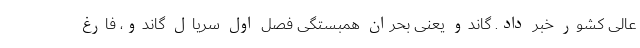
عالی کشور خبر داد. گاندو یعنی بحران همبستگی فصل اول سریال گاندو، فارغ